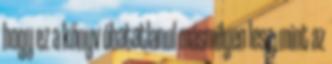
hogy ez a könyv óhatatlanul másmilyen lesz, mint az